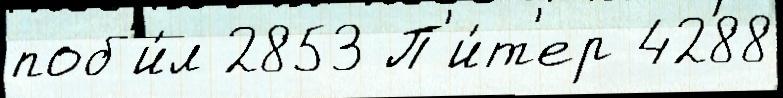
поб'и́л 2853 П'и́т'ер 4288